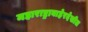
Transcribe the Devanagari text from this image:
महाराष्ट्राबाहेरदेखील